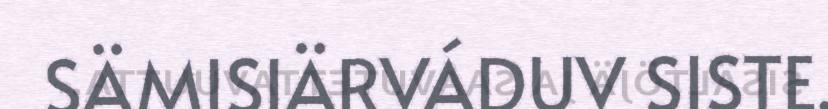
SÄMISIÄRVÁDUV SISTE.